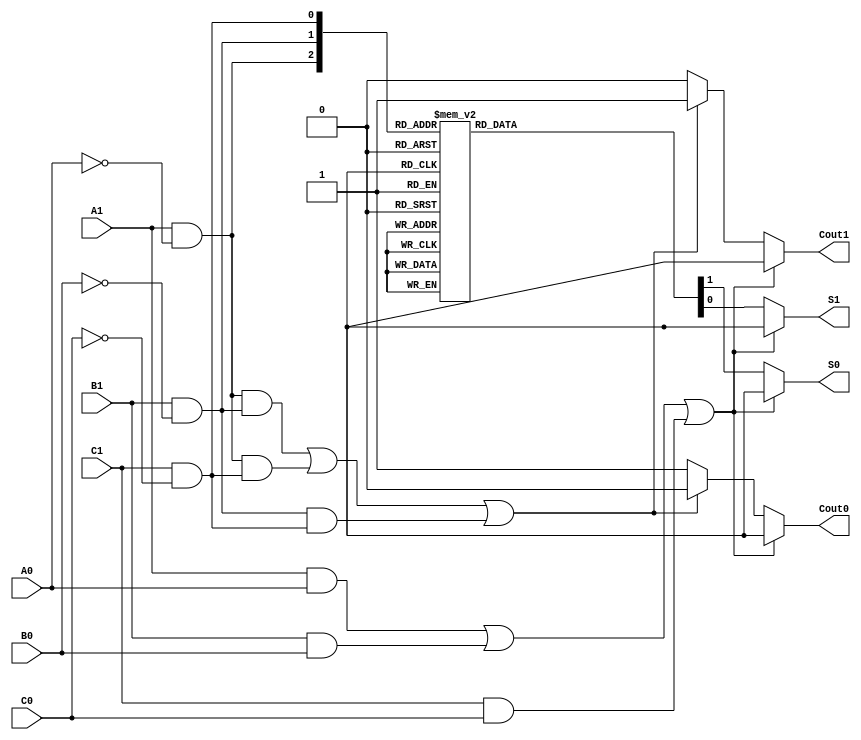
module DualRailFullAdder (
    input wire A1, A0, // Dual-rail for input A
    input wire B1, B0, // Dual-rail for input B
    input wire C1, C0, // Dual-rail for carry-in
    output reg S1, S0, // Dual-rail for sum output
    output reg Cout1, Cout0 // Dual-rail for carry-out output
);

// Internal signals to represent single-bit values
wire A = A1 & ~A0; // Decode dual-rail A
wire B = B1 & ~B0; // Decode dual-rail B
wire Cin = C1 & ~C0; // Decode dual-rail Cin

// Error detection for invalid states
always @(*) begin
    // Initialize outputs
    S1 = 0; S0 = 0;
    Cout1 = 0; Cout0 = 0;

    // Check for invalid input states
    if ((A1 & A0) || (B1 & B0) || (C1 & C0)) begin
        // Invalid state detected
        S1 = 1'bx; S0 = 1'bx; // Assign invalid state
        Cout1 = 1'bx; Cout0 = 1'bx;
    end else begin
        // Valid states, compute sum
        case ({A, B, Cin})
            3'b000: begin S1 = 0; S0 = 1; end // 0 + 0 + 0 = 0
            3'b001: begin S1 = 1; S0 = 0; end // 0 + 0 + 1 = 1
            3'b010: begin S1 = 1; S0 = 0; end // 0 + 1 + 0 = 1
            3'b011: begin S1 = 0; S0 = 1; end // 0 + 1 + 1 = 0
            3'b100: begin S1 = 1; S0 = 0; end // 1 + 0 + 0 = 1
            3'b101: begin S1 = 0; S0 = 1; end // 1 + 0 + 1 = 0
            3'b110: begin S1 = 0; S0 = 1; end // 1 + 1 + 0 = 0
            3'b111: begin S1 = 1; S0 = 0; end // 1 + 1 + 1 = 1
            default: begin S1 = 1'bx; S0 = 1'bx; end // Should not reach here
        endcase

        // Compute carry-out (Cout)
        if ((A & B) || (A & Cin) || (B & Cin)) begin
            Cout1 = 1; Cout0 = 0; // Cout = 1
        end else begin
            Cout1 = 0; Cout0 = 1; // Cout = 0
        end
    end
end

endmodule